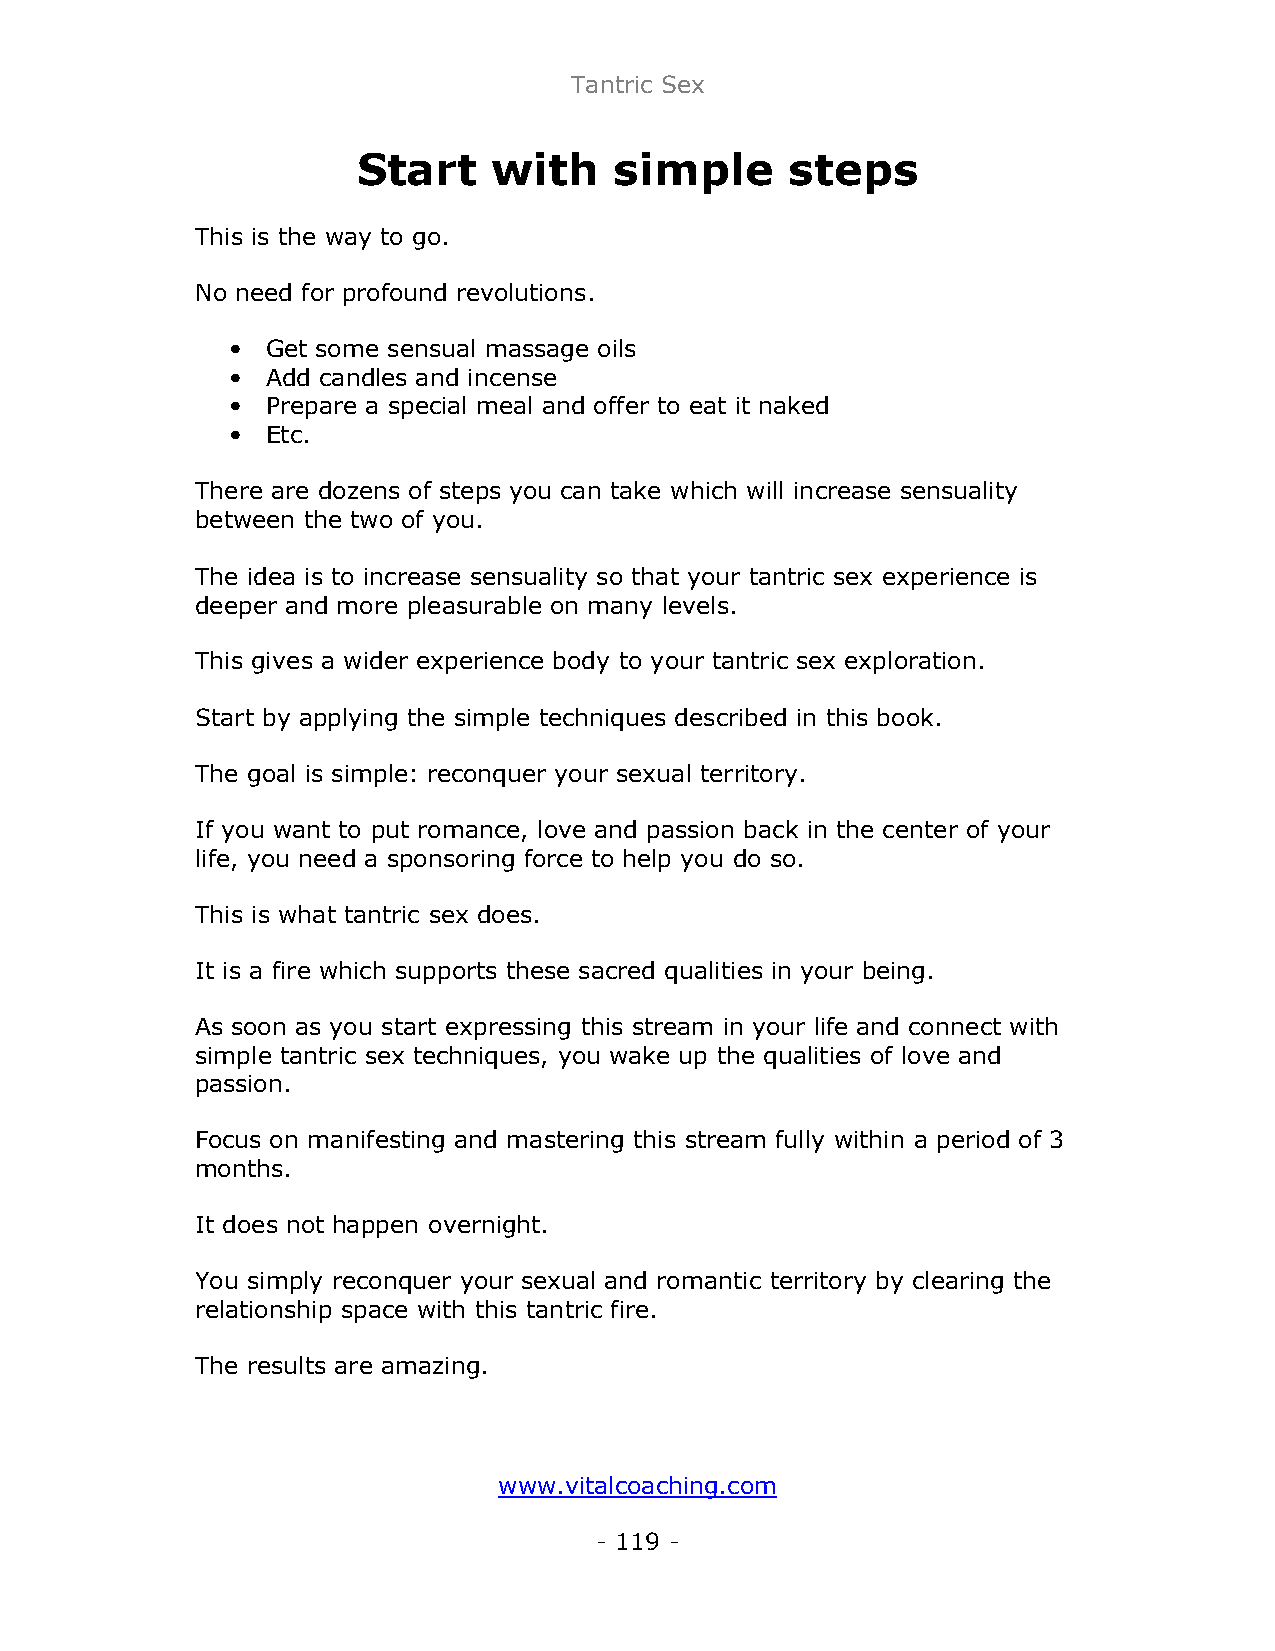
Tantric Sex
 Start    with    simple     steps
 This is the way to go.
 No need for profound revolutions.
 •  Get some sensual massage oils
 •  Add candles and incense
 •  Prepare a special meal and offer to eat it naked
 •  Etc.
 There are dozens of steps you can take which will increase sensuality
 between the two of you.
 The idea is to increase sensuality so that your tantric sex experience is
 deeper and more pleasurable on many levels.
 This gives a wider experience body to your tantric sex exploration.
 Start by applying the simple techniques described in this book.
 The goal is simple: reconquer your sexual territory.
 If you want to put romance, love and passion back in the center of your
 life, you need a sponsoring force to help you do so.
 This is what tantric sex does.
 It is a fire which supports these sacred qualities in your being.
 As soon as you start expressing this stream in your life and connect with
 simple tantric sex techniques, you wake up the qualities of love and
 passion.
 Focus on manifesting and mastering this stream fully within a period of 3
 months.
 It does not happen overnight.
 You simply reconquer your sexual and romantic territory by clearing the
 relationship space with this tantric fire.
 The results are amazing.
 www.vitalcoaching.com
 - 119 -